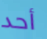
أحد